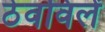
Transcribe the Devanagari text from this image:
ठेवविलें